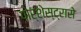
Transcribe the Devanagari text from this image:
पोर्शेस्ट्रासे